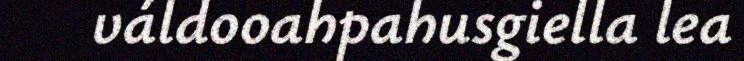
váldooahpahusgiella lea